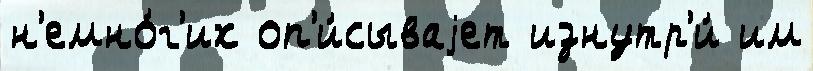
н'емно́г'их оп'и́сываjет изнутр'и́ им